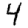
Digit: 4